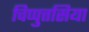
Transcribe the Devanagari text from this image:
चिप्पुत्तसिया